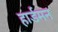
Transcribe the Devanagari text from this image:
हार्डमन